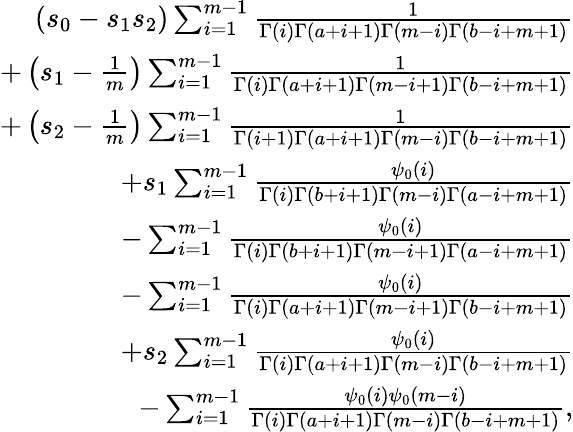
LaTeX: \begin{array}{r}{\left(s_{0}-s_{1}s_{2}\right)\sum_{i=1}^{m-1}\frac{1}{\Gamma(i)\Gamma(a+i+1)\Gamma(m-i)\Gamma(b-i+m+1)}}\\ {+\left(s_{1}-\frac{1}{m}\right)\sum_{i=1}^{m-1}\frac{1}{\Gamma(i)\Gamma(a+i+1)\Gamma(m-i+1)\Gamma(b-i+m+1)}}\\ {+\left(s_{2}-\frac{1}{m}\right)\sum_{i=1}^{m-1}\frac{1}{\Gamma(i+1)\Gamma(a+i+1)\Gamma(m-i)\Gamma(b-i+m+1)}}\\ {+s_{1}\sum_{i=1}^{m-1}\frac{\psi_{0}(i)}{\Gamma(i)\Gamma(b+i+1)\Gamma(m-i)\Gamma(a-i+m+1)}}\\ {-\sum_{i=1}^{m-1}\frac{\psi_{0}(i)}{\Gamma(i)\Gamma(b+i+1)\Gamma(m-i+1)\Gamma(a-i+m+1)}}\\ {-\sum_{i=1}^{m-1}\frac{\psi_{0}(i)}{\Gamma(i)\Gamma(a+i+1)\Gamma(m-i+1)\Gamma(b-i+m+1)}}\\ {+s_{2}\sum_{i=1}^{m-1}\frac{\psi_{0}(i)}{\Gamma(i)\Gamma(a+i+1)\Gamma(m-i)\Gamma(b-i+m+1)}}\\ {-\sum_{i=1}^{m-1}\frac{\psi_{0}(i)\psi_{0}(m-i)}{\Gamma(i)\Gamma(a+i+1)\Gamma(m-i)\Gamma(b-i+m+1)},}\end{array}